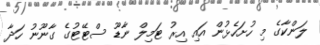
ލަންކާގެ މި ހުށަހެޅުން އައި އިރު ޓަމިލް ނާޑޫ ސްޓޭޓުގެ ގާނޫނު ހަދާ